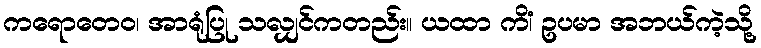
ကရောတေဝ၊ အာရုံပြု သလျှင်ကတည်း။ ယထာ ကိံ၊ ဥပမာ အဘယ်ကဲ့သို့